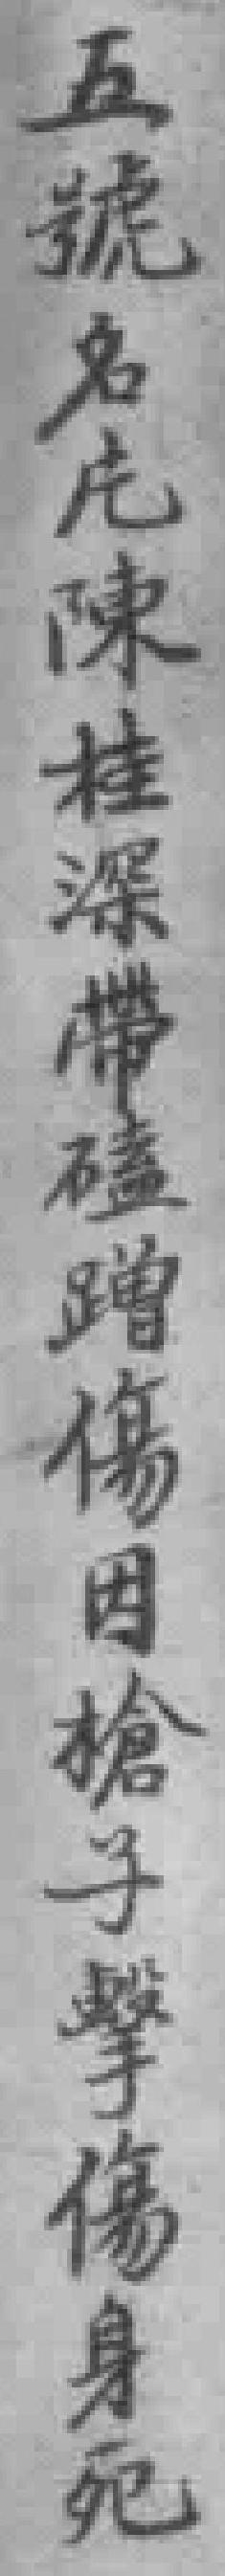
五號名庀陳桂深帶磕碰傷因槍子擊傷身死